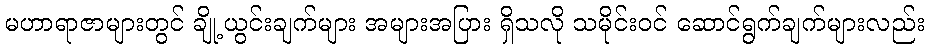
မဟာရာဇာများတွင် ချို့ယွင်းချက်များ အများအပြား ရှိသလို သမိုင်းဝင် ဆောင်ရွက်ချက်များလည်း